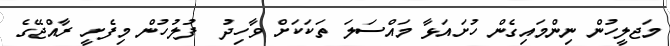
މަޖލީހުން ނިންމައިގެން ހުށައަޅާ މައްސަލަ ތަކަކަށް ވާހިދު  ފުލުހުން މިފެށީ ރާއްޖޭގެ